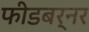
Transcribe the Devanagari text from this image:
फीडबर्नर